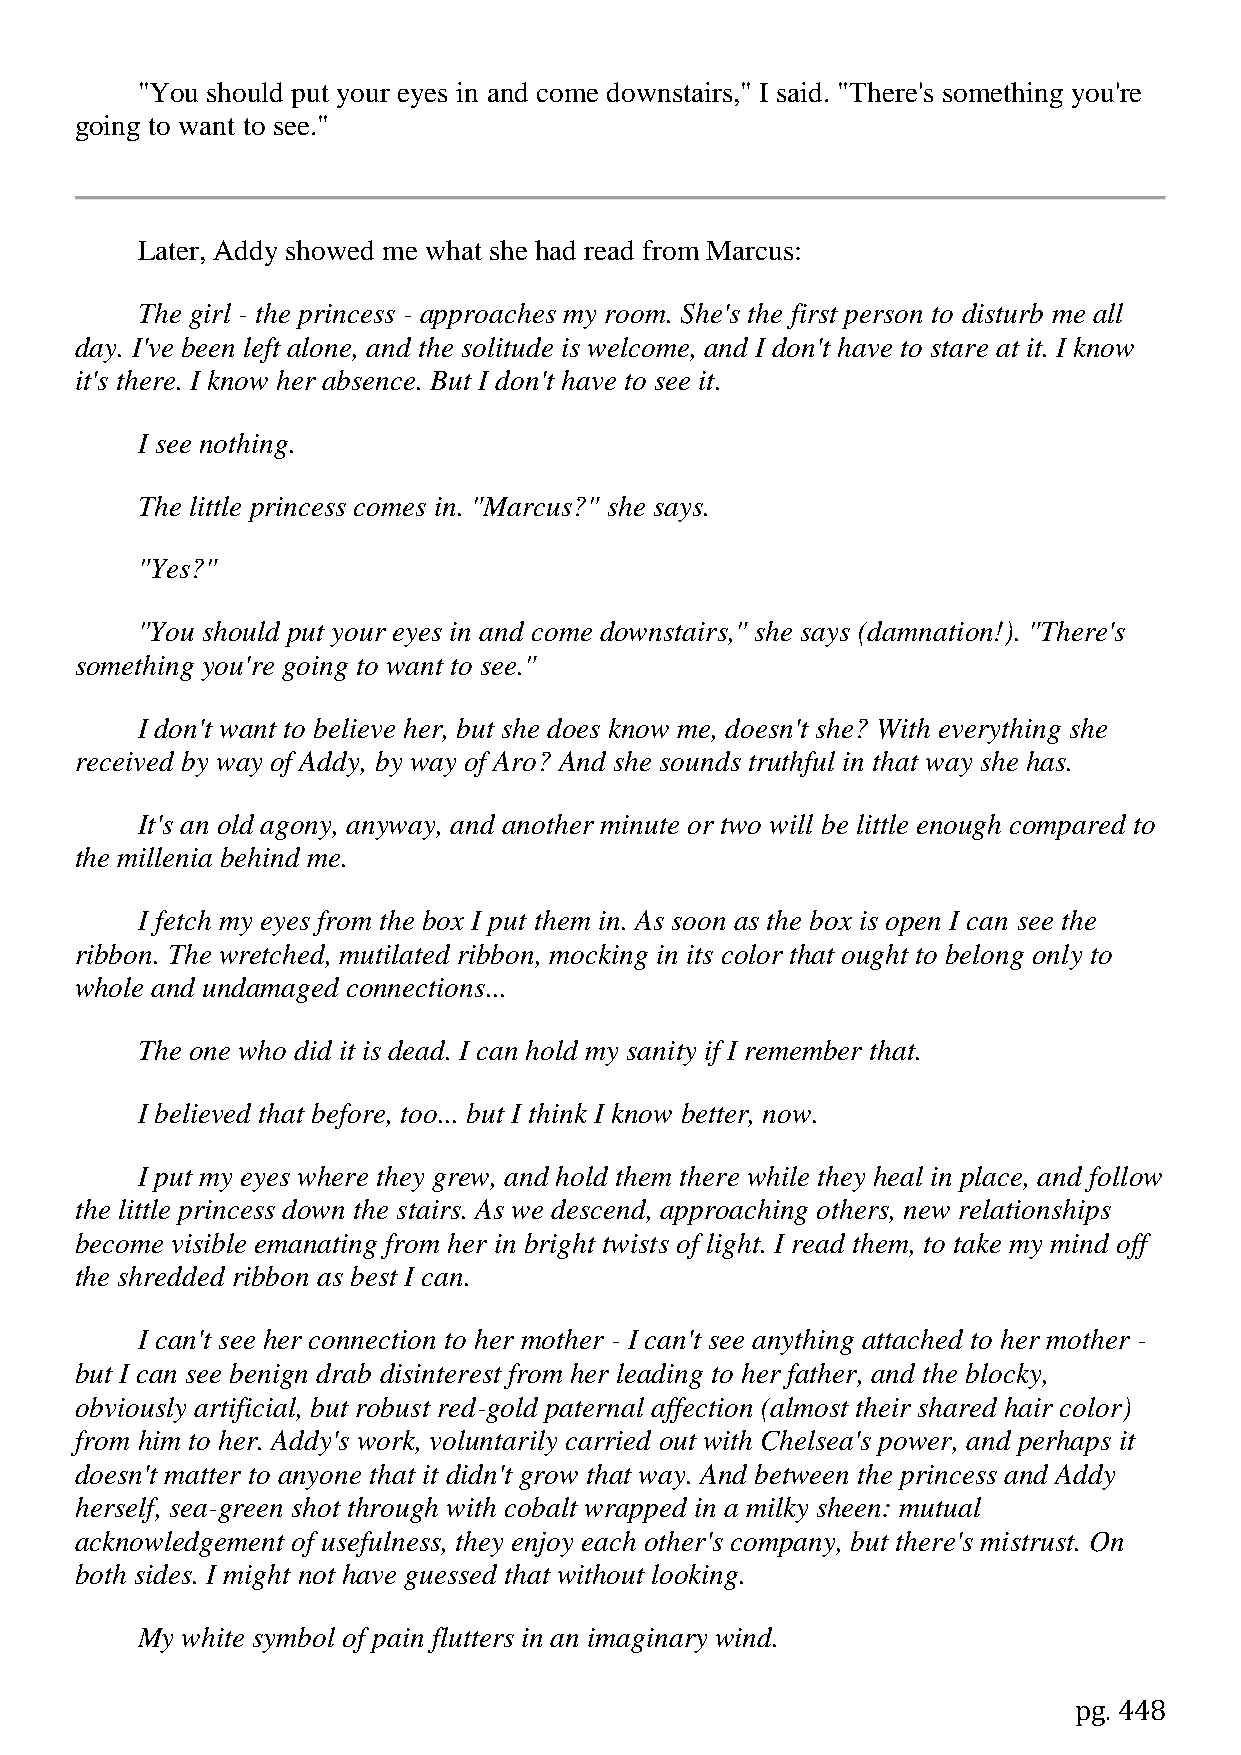
"You should put your eyes in and come downstairs," I said. "There's something you're
 going to want to see."
 Later, Addy showed me what she had read from Marcus:
 The girl - the princess - approaches my room. She's the first person to disturb me all
 day. I've been left alone, and the solitude is welcome, and I don't have to stare at it. I know
 it's there. I know her absence. But I don't have to see it.
 I see nothing.
 The little princess comes in. "Marcus?" she says.
 "Yes?"
 "You should put your eyes in and come downstairs," she says (damnation!). "There's
 something you're going to want to see."
 I don't want to believe her, but she does know me, doesn't she? With everything she
 received by way of Addy, by way of Aro? And she sounds truthful in that way she has.
 It's an old agony, anyway, and another minute or two will be little enough compared to
 the millenia behind me.
 I fetch my eyes from the box I put them in. As soon as the box is open I can see the
 ribbon. The wretched, mutilated ribbon, mocking in its color that ought to belong only to
 whole and undamaged connections...
 The one who did it is dead. I can hold my sanity if I remember that.
 I believed that before, too... but I think I know better, now.
 I put my eyes where they grew, and hold them there while they heal in place, and follow
 the little princess down the stairs. As we descend, approaching others, new relationships
 become visible emanating from her in bright twists of light. I read them, to take my mind off
 the shredded ribbon as best I can.
 I can't see her connection to her mother - I can't see anything attached to her mother -
 but I can see benign drab disinterest from her leading to her father, and the blocky,
 obviously artificial, but robust red-gold paternal affection (almost their shared hair color)
 from him to her. Addy's work, voluntarily carried out with Chelsea's power, and perhaps it
 doesn't matter to anyone that it didn't grow that way. And between the princess and Addy
 herself, sea-green shot through with cobalt wrapped in a milky sheen: mutual
 acknowledgement of usefulness, they enjoy each other's company, but there's mistrust. On
 both sides. I might not have guessed that without looking.
 My white symbol of pain flutters in an imaginary wind.
 pg. 448